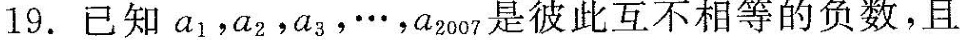
19.已知a_{1}，a_{2}，a_{3}，\cdots，a_{2007}是彼此互不相等的负数，且